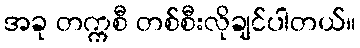
အခု တက္ကစီ တစ်စီးလိုချင်ပါတယ်။